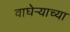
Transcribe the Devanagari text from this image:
वाघेऱ्याच्या